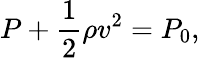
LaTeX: P+{\frac{1}{2}}\rho v^{2}=P_{0},